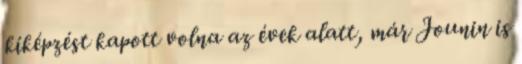
kiképzést kapott volna az évek alatt, már Jounin is